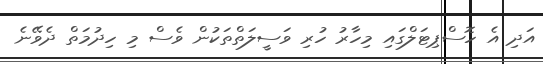
އަދި އެ ހޮސްޕިޓަލްގައި މިހާރު ހުރި ވަސީލަތްތަކުން ވެސް މި ހިދުމަތް ދެވޭނެ